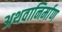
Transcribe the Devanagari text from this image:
अथवानिर्माण